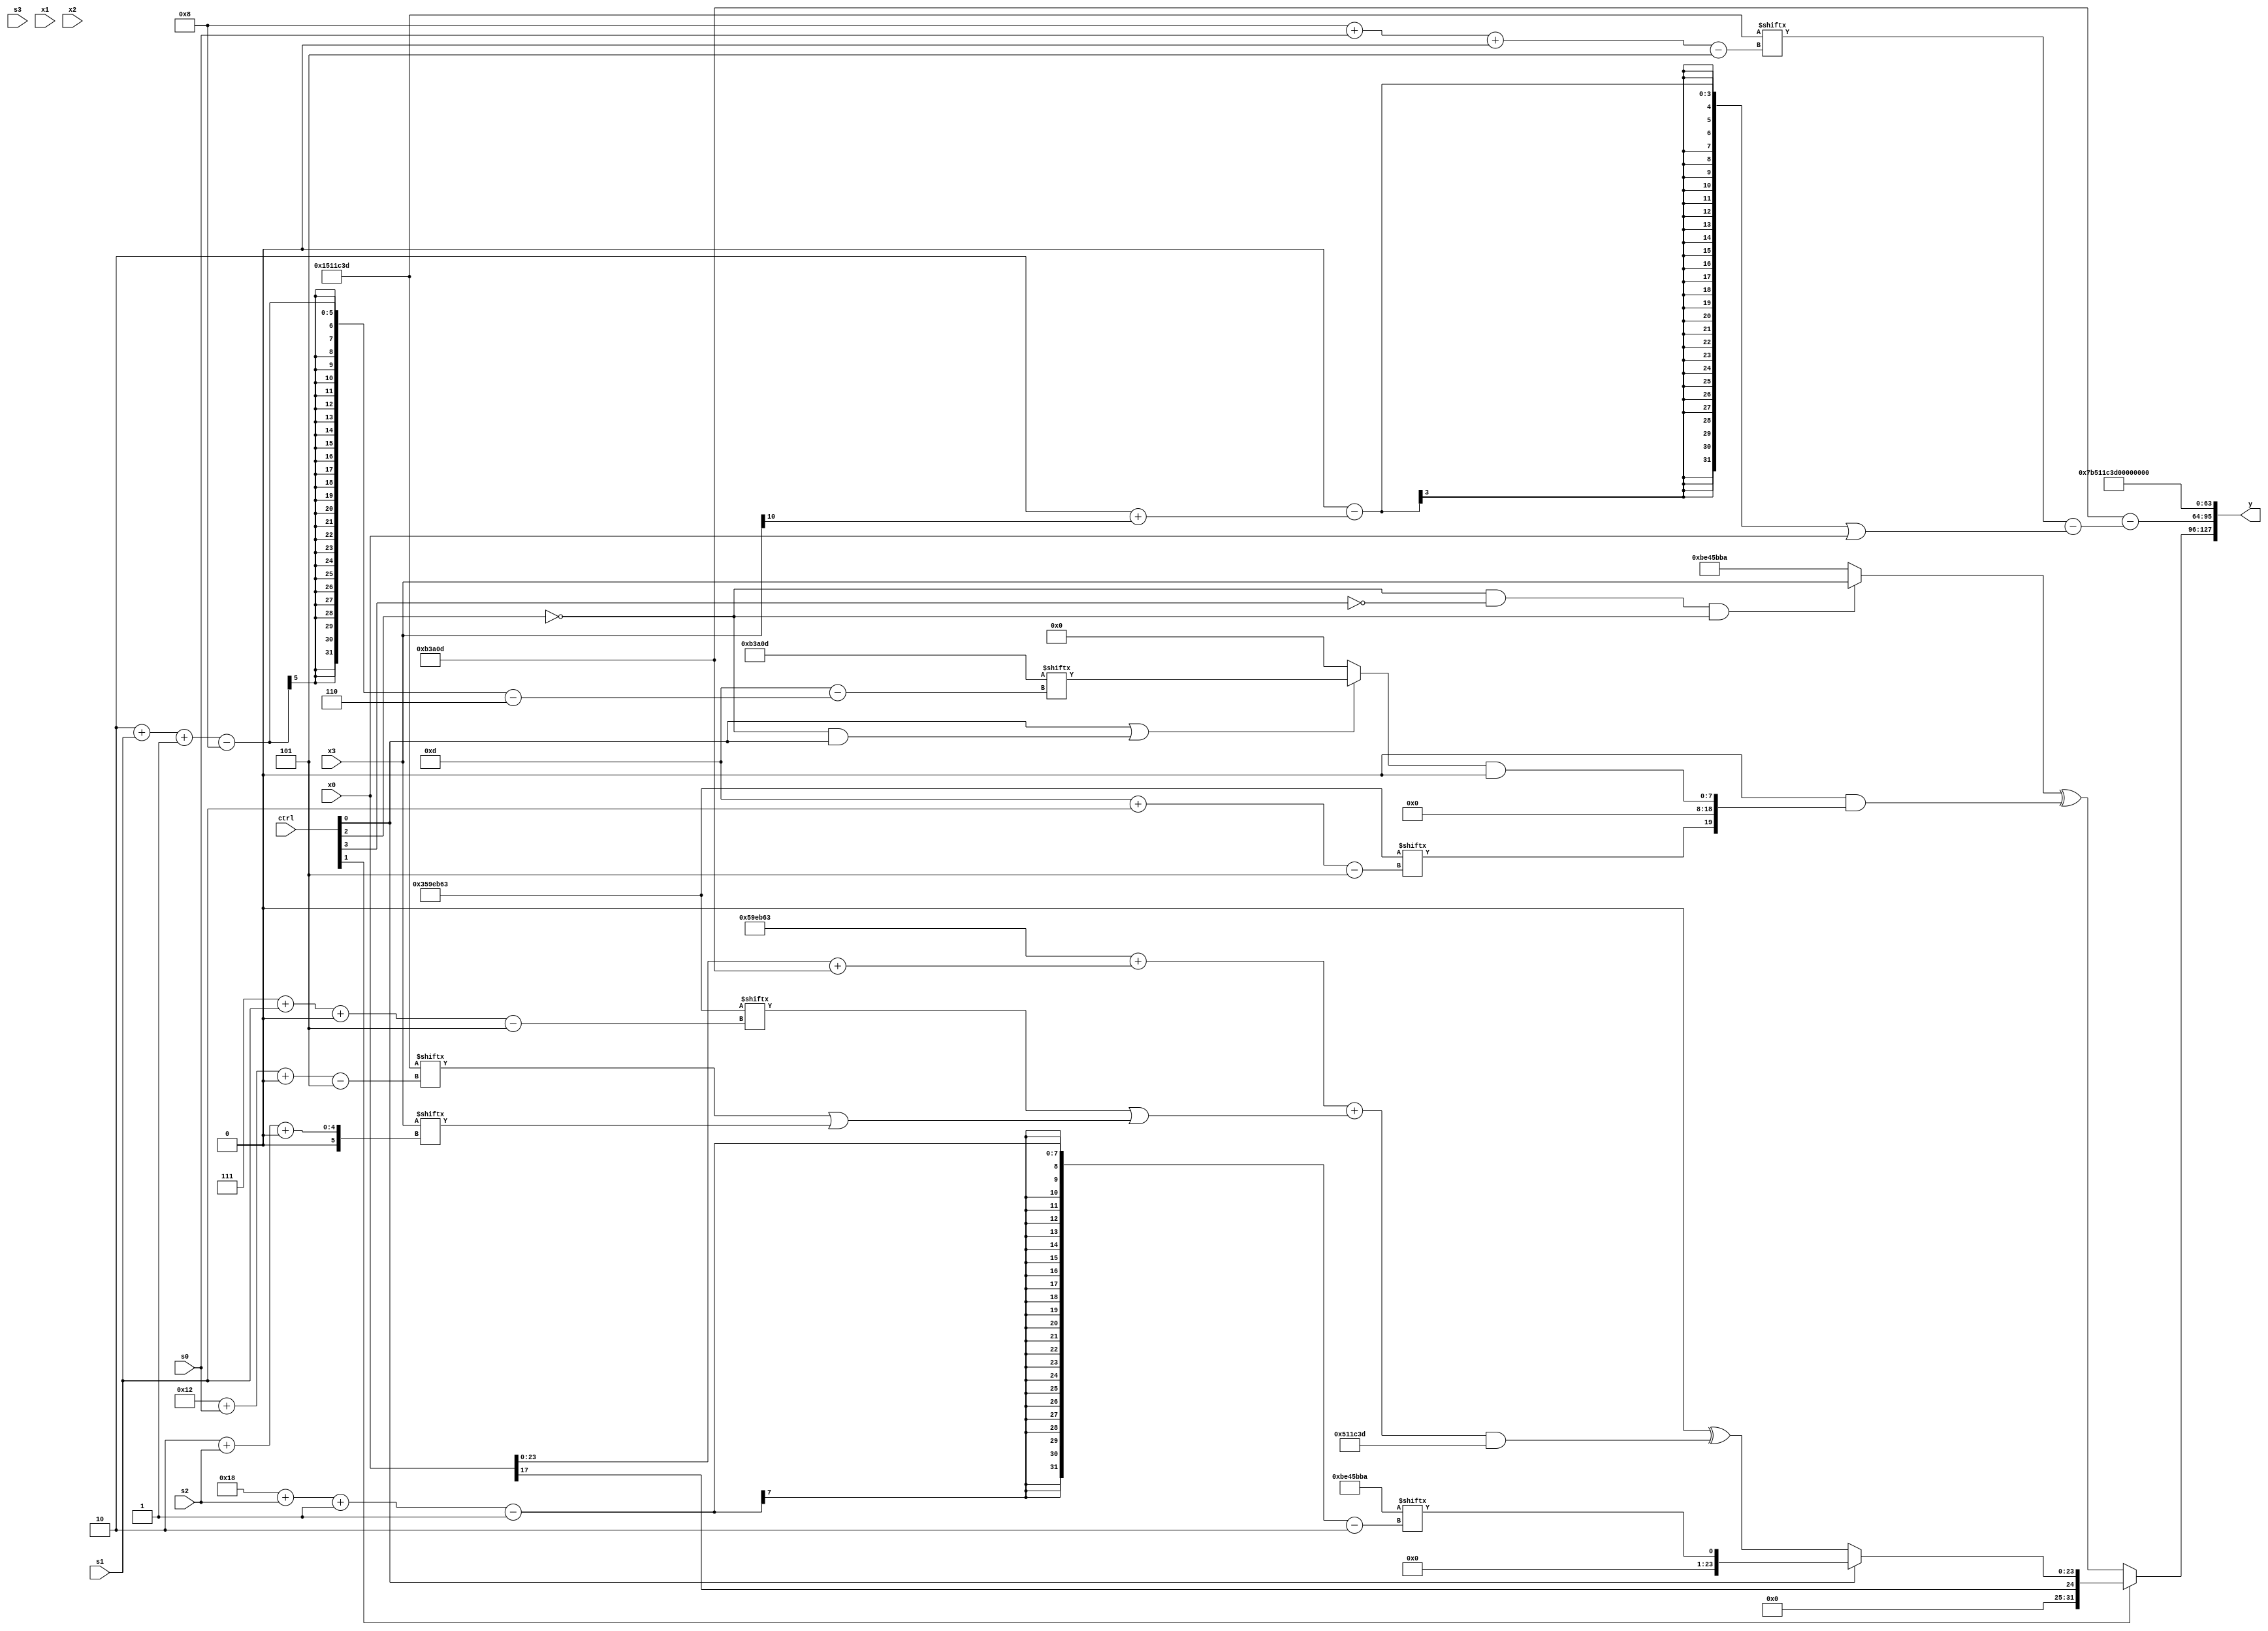
module partsel_00911(ctrl, s0, s1, s2, s3, x0, x1, x2, x3, y);
  input [3:0] ctrl;
  input [2:0] s0;
  input [2:0] s1;
  input [2:0] s2;
  input [2:0] s3;
  input signed [31:0] x0;
  input signed [31:0] x1;
  input signed [31:0] x2;
  input signed [31:0] x3;
  wire signed [1:26] x4;
  wire signed [1:26] x5;
  wire signed [28:1] x6;
  wire signed [1:30] x7;
  wire signed [6:27] x8;
  wire [24:6] x9;
  wire [1:31] x10;
  wire signed [31:4] x11;
  wire [30:2] x12;
  wire [5:29] x13;
  wire signed [6:31] x14;
  wire signed [1:24] x15;
  output [127:0] y;
  wire [31:0] y0;
  wire signed [31:0] y1;
  wire signed [31:0] y2;
  wire [31:0] y3;
  assign y = {y0,y1,y2,y3};
  localparam [29:5] p0 = 928062525;
  localparam signed [6:26] p1 = 111884813;
  localparam signed [29:2] p2 = 199515066;
  localparam [30:5] p3 = 257551203;
  assign x4 = p0[19 -: 4];
  assign x5 = x2[23 -: 2];
  assign x6 = x5[12 -: 4];
  assign x7 = x1[17];
  assign x8 = (!ctrl[1] || !ctrl[1] && ctrl[0] ? {2{{(p1[12 + s0 -: 3] + x2[20 + s3 +: 5]), x1}}} : ((!ctrl[0] || ctrl[0] || ctrl[3] ? (((p2[6 + s1 +: 1] | x0) ^ x3[14 +: 3]) | (ctrl[1] && !ctrl[0] || ctrl[0] ? p2[8 + s0 +: 4] : p1[17 + s3 +: 5])) : p2) | p2[5 + s1]));
  assign x9 = ((ctrl[0] || !ctrl[2] && ctrl[0] ? p1[2 + s1 -: 8] : x6[13]) & p0[12]);
  assign x10 = (({2{{2{{2{x6[27 + s2 -: 8]}}}}}} ^ p3[12 +: 2]) - ({{2{p1[11 + s3]}}, (p1[13 -: 3] - (!ctrl[3] || ctrl[0] && ctrl[3] ? x7[11 +: 4] : p3[20 + s3 +: 7]))} ^ {2{x6[13]}}));
  assign x11 = ((p1[18] | ({2{(!ctrl[1] && ctrl[1] && ctrl[3] ? p1[19 +: 2] : p0[28 + s0 +: 7])}} ^ (p2[30 + s1 +: 4] + x2))) | x4[13 + s3 +: 2]);
  assign x12 = ({2{(((p1 + p2[5 + s2]) | (p0 & p3[20 -: 3])) + x10)}} - ((x2[7 + s3] ^ p3[13 + s2]) - (!ctrl[3] && !ctrl[3] && ctrl[3] ? {2{{x10, x6}}} : x8[30 + s2 +: 8])));
  assign x13 = x0[17 -: 1];
  assign x14 = (ctrl[0] || !ctrl[0] || ctrl[0] ? {2{{2{p3}}}} : x11[21]);
  assign x15 = {2{(x6[22 -: 4] ^ (((p3 + (x0 + p1)) + (p3[7 + s1 +: 6] | (p0[18 + s0 +: 8] | x3[2 + s2 +: 4]))) & p0))}};
  assign y0 = {x2, (ctrl[1] || ctrl[0] && !ctrl[0] ? {x0[17], (!ctrl[0] && ctrl[0] || !ctrl[0] ? x15 : p2[24 + s2 -: 1])} : ((!ctrl[2] && !ctrl[3] && !ctrl[2] ? x3 : p2) ^ ((p2[8] & x3[15 +: 1]) & {p3[13 + s1], x9})))};
  assign y1 = (p1 - (p0[8 + s0 +: 5] - ((p2[15] - (p2[12 +: 2] + x3[10])) | x0)));
  assign y2 = {2{{2{p0}}}};
  assign y3 = p0[8];
endmodule